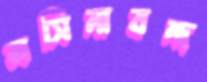
মসিনাবন্দ